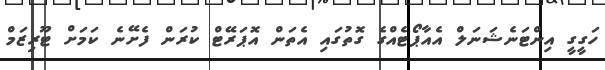
ހަގީގީ އިންޓަނެޝަނަލް އެއާޕޯޓެއްގެ ގޮތުގައި އެތަން އޮޕަރޭޓް ކުރަން ފެށޭނެ ކަމަށް ޓޫރިޒަމް